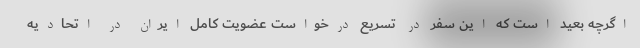
اگرچه بعید است که این سفر در تسریع درخواست عضویت کامل ایران در اتحادیه